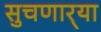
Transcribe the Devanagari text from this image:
सुचणार्‍या